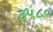
૩૫૮૦